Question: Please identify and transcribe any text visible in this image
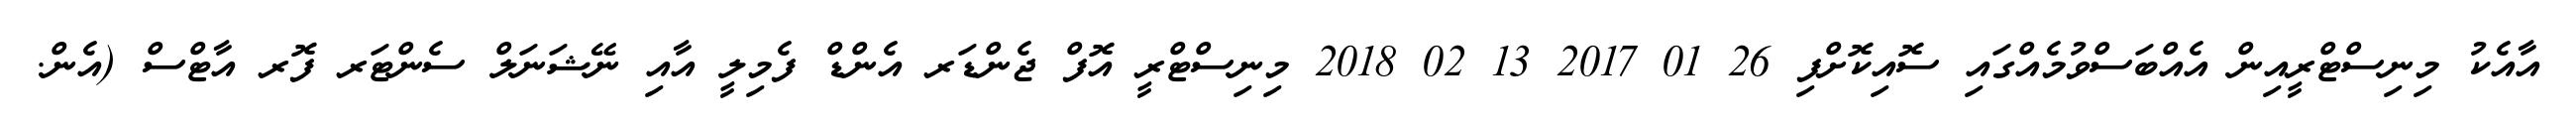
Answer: އާއެކު މިނިސްޓްރީއިން އެއްބަސްވުމެއްގައި ސޮއިކޮށްފި 26 01 2017 13 02 2018 މިނިސްޓްރީ އޮފް ޖެންޑަރ އެންޑް ފެމިލީ އާއި ނޭޝަނަލް ސެންޓަރ ފޮރ އާޓްސް (އެން.